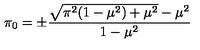
\pi _ { 0 } = \pm \frac { \sqrt { \pi ^ { 2 } ( 1 - \mu ^ { 2 } ) + \mu ^ { 2 } } - \mu ^ { 2 } } { 1 - \mu ^ { 2 } }